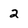
Character: 2